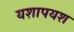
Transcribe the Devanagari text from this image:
यशापयश